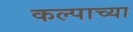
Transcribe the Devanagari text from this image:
कल्पाच्या